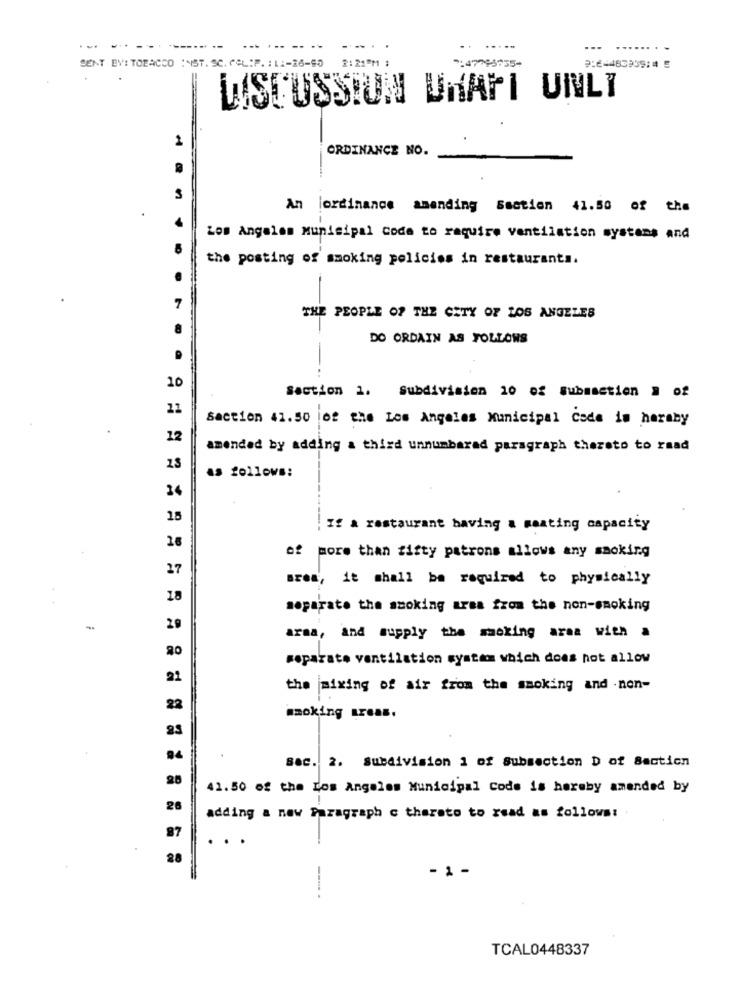
.....
SENT BY: TOBACCO :NST. SC. GOL:P. : 11-26-90
2: 21PM ;
:47995755-
DISCUSSION UMAFI UNLI
1
ORDINANCE NO.
An ordinance amending Section 41.50 of the
Los Angeles Municipal code to require ventilation systems and
the posting of smoking policies in restaurants.
7
THE PEOPLE OF THE CITY OF LOS ANGELES
DO ORDAIN AS FOLLOWS
-
10
Section 1. Subdivision 10 of Submsction # of
22
Saction 41.50 |of the Los Angeles Municipal Code is heraby
12
amended by adding a third unnumbarad paragraph thereto to raad
as follows:
24
18
: If & restaurant having & maating capacity
of more than fifty patrons allows any smoking
27
Brea, it shall be required to physically
18
separate the smoking area from the non-smoking
29
araa, and supply the smoking area with a
separate ventilation system which does not allow
21
the mixing of air from the smoking and .non-
22
smoking areas.
Bac. 2. Subdivision 1 of Subsection D of Section
28
41. 50 of the Los Angeles Municipal Code is hereby amended by
adding a new Paragraph c therato to read as follows :.
. .
28
- 1 -
----
TCAL0448337